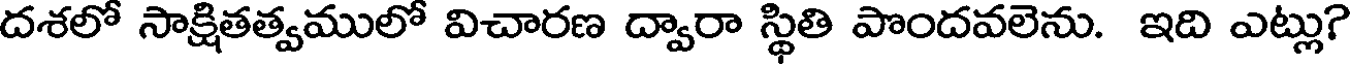
దశలో సాక్షితత్వములో విచారణ ద్వారా స్థితి పొందవలెను. ఇది ఎట్లు?